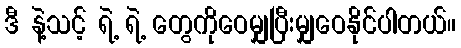
ဒီ နဲ့သင့် ရဲ့ ရဲ့ တွေကိုဝေမျှပြီးမျှဝေနိုင်ပါတယ်။